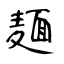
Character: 麺